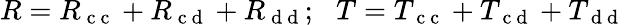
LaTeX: R=R_{\mathrm{~c~c~}}+R_{\mathrm{~c~d~}}+R_{\mathrm{~d~d~}};\, \, \, \, T=T_{\mathrm{~c~c~}}+T_{\mathrm{~c~d~}}+T_{\mathrm{~d~d~}}